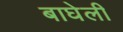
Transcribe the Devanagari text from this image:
बाघेली